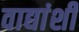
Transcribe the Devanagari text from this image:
वाद्यांशी